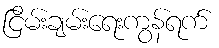
ငြိမ်းချမ်းရေးကွန်ရက်